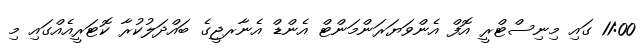
11:00 ގައި މިނިސްޓްރީ އޮފް އެންވަޔަރަންމަންޓް އެންޑް އެނާރޖީގެ ބައްދަލުކުރާ ކޮޓަރީއެއްގައި މި